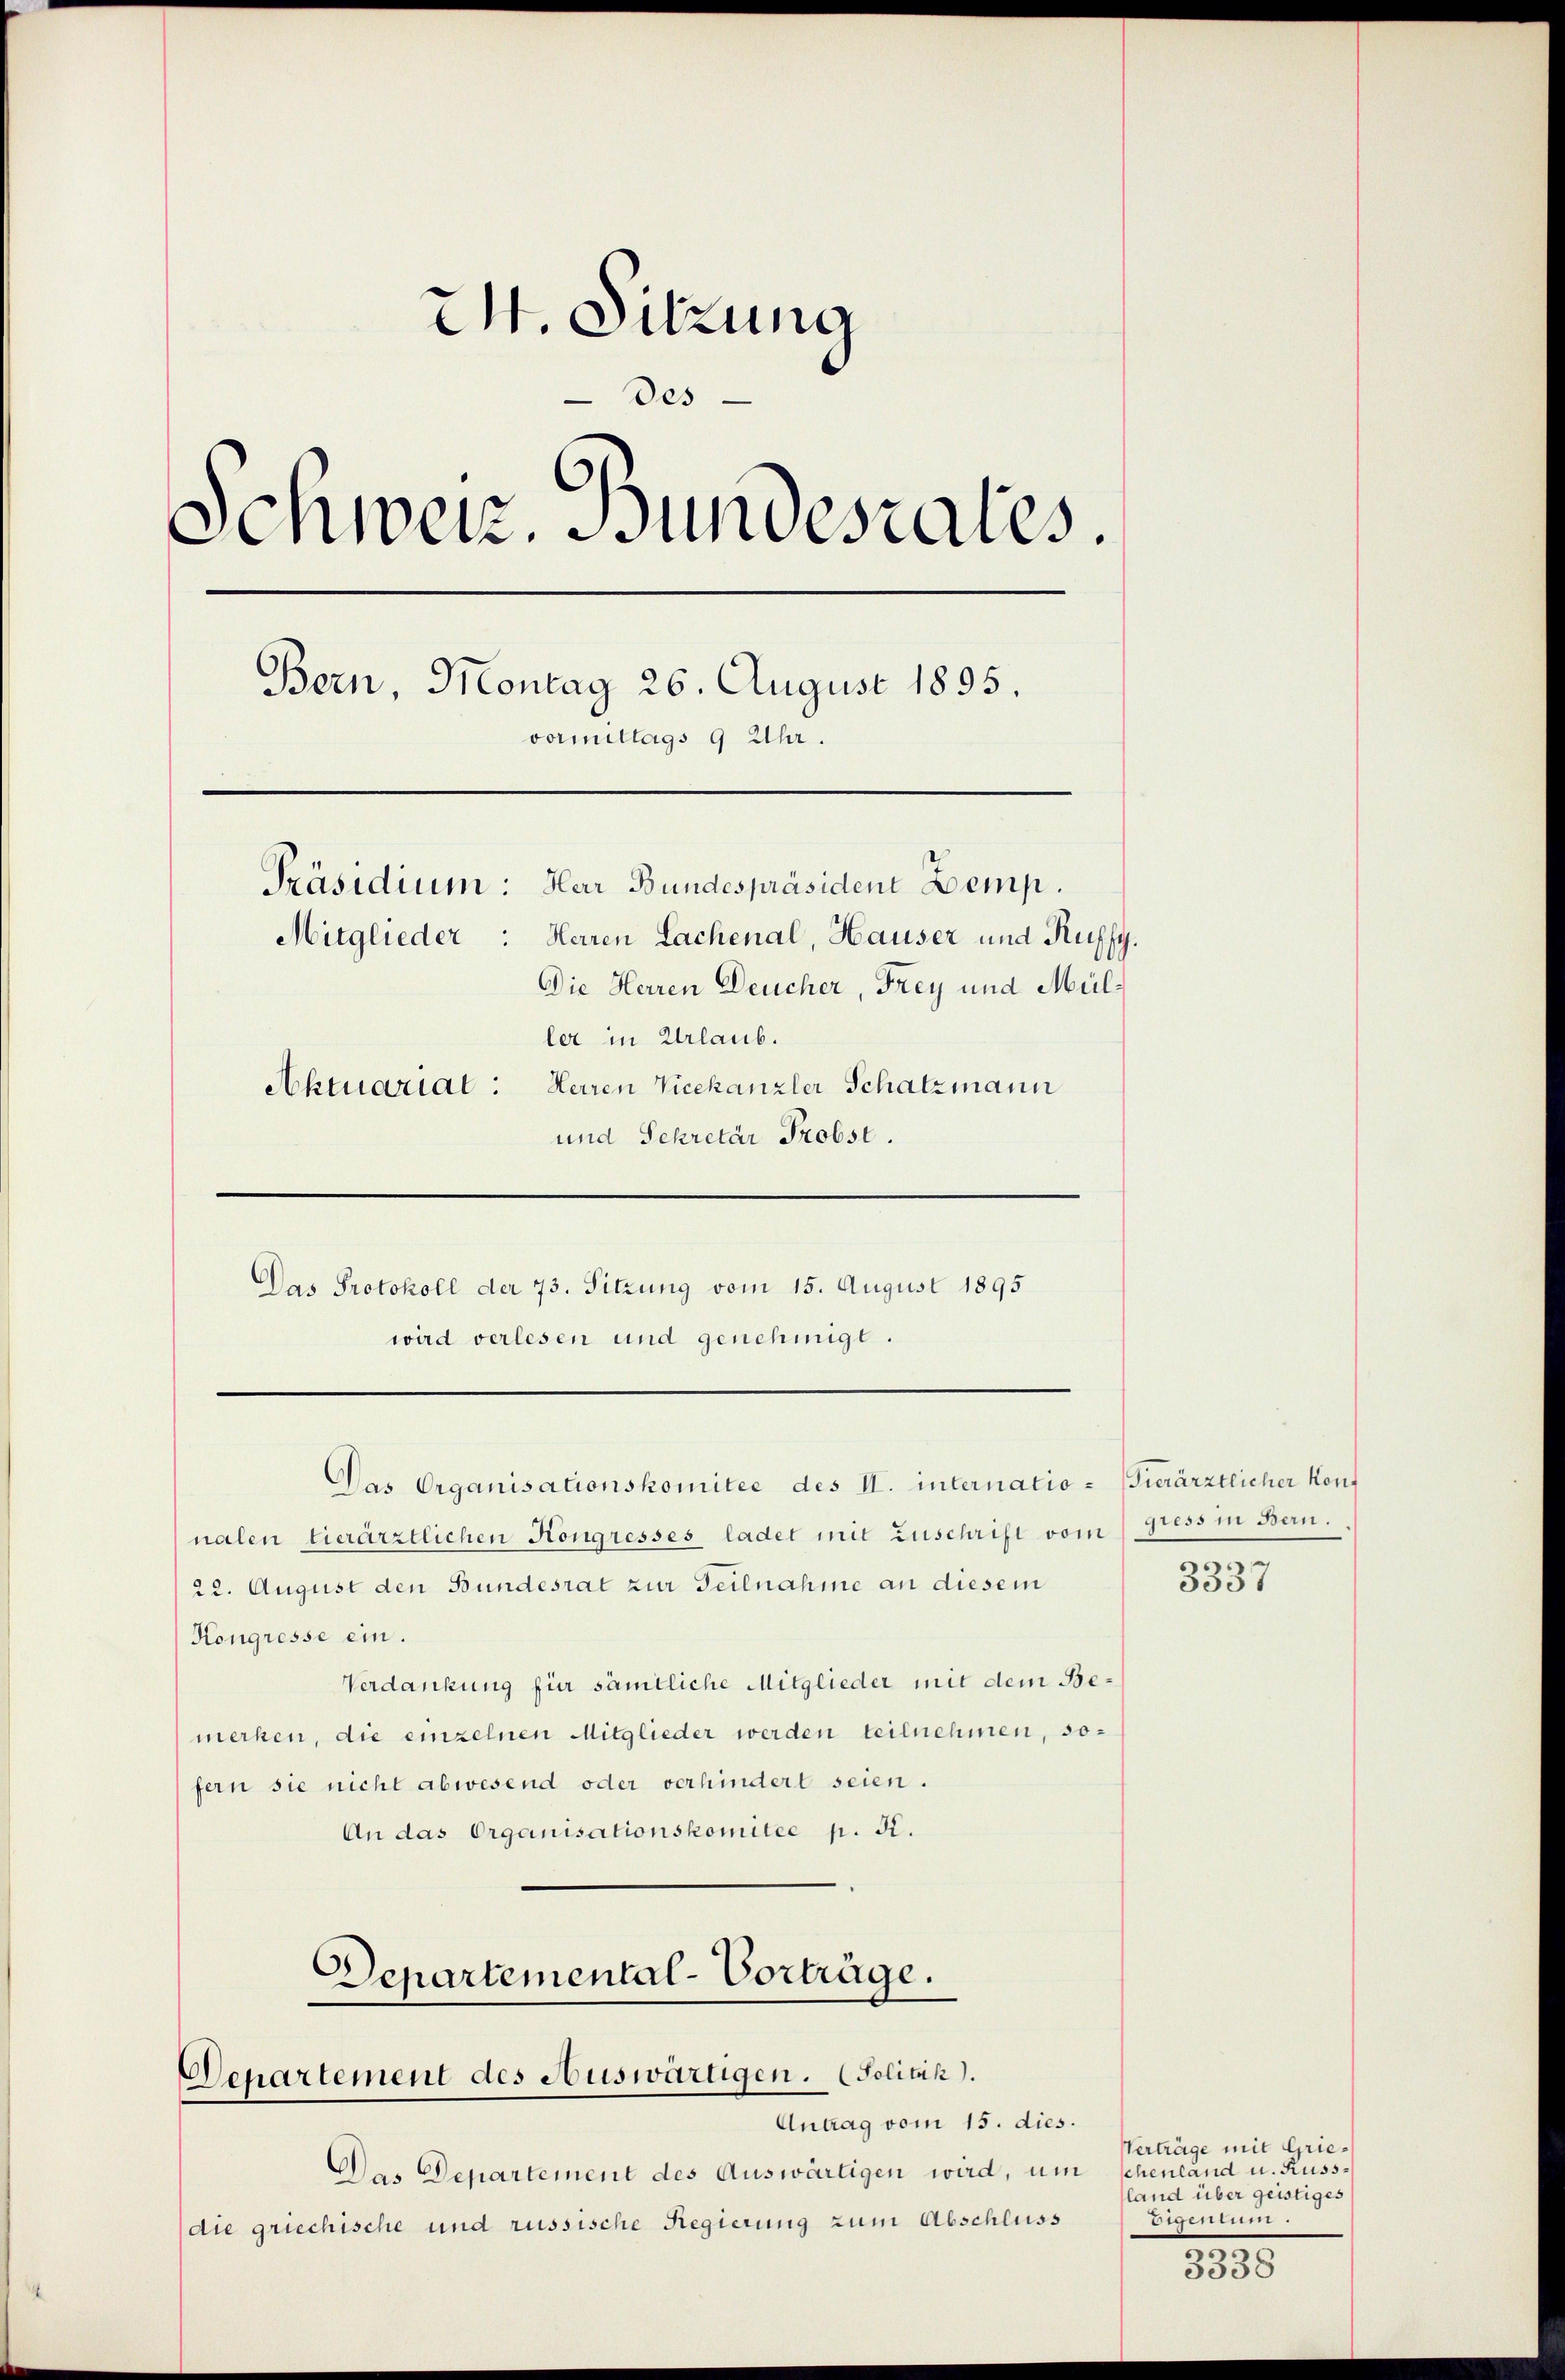
24. Sitzung
des
Schweiz. Bundesrates.
Bern, Montag 26. August 1895.
vormittags 9 Uhr.
Präsidium: Herr Bundespräsident Demp.
Mitglieder: Herren Lachenal, Hauser und Ruffy.
Die Herren Deucher, Frey und Müller in Urlaub.
Aktuarial: Herren Vicekanzler Schatzmann
und Sekretär Probst.

Das Protokoll der 73. Sitzung vom 15. August 1895
wird verlesen und genehmigt.

Das Organisationskomitee des II. internatio- Furärztlicher Konf

Departemental-Vorträge.
Departement des Auswärtigen. (Solitik.
Antrag vom 15. dies.

nalen tierärztlichen Kongresses ladet mit Zuschrift vom Press in Bern.
22. August den Bundesrat zur Teilnahme an diesem
Kongresse ein.
Verdankung für sämtliche Mitglieder mit dem Bemerken, die einzelnen Mitglieder werden teilnehmen, sofern sie nicht abwesend oder verhindert seien.
An das Organisationskomitee p. K.

Das Departement des Auswärtigen wird, um
die griechische und russische Regierung zum Abschluss

n

5037

Verträge mit Grieschenland u. Kussland über geistiges
 5 15 1 555

3338